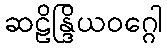
ဆဠိန္ဒြိယဝဂ္ဂေါ